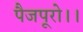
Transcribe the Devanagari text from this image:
पैजपूरो।।